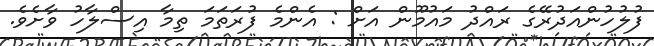
ފުލުހުންއަދުރޭގެ ރައްދު މައުމޫން އަށް : އެންމެ ފުރަތަމަ ތިމާ އިސްލާހު ވާށެވެ.